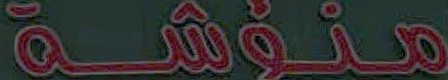
منؤشة